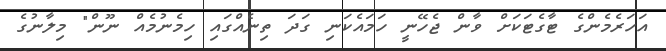
އަހަރެމެންގެ ޓާގެޓަކަށް ވާން ޖެހޭނީ ހަމައެކަނި ގަދަ ތިނެއްގައި ހިމެނުމެއް ނޫން" މިލާނުގެ